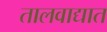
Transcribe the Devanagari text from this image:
तालवाद्यात